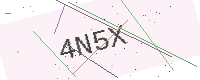
Text: 4N5X